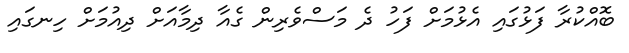
ބޮއްކުރާ ފަޅުގައި އެޅުމަށް ފަހު ދެ މަސްވެރިން ގެއާ ދިމާއަށް ދިއުމަށް ހިނގައި